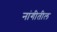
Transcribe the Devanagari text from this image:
नांगीतील